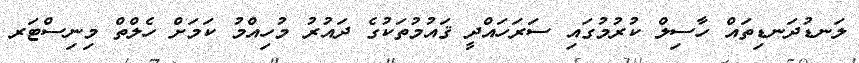
ލަނޑުދަނޑިތައް ހާސިލް ކުރުމުގައި ސަރަހައްދީ ޤައުމުތަކުގެ ދައުރު މުހިއްމު ކަމަށް ހެލްތް މިނިސްޓަރ